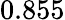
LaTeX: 0.855